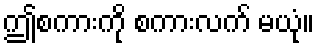
ဤစကားကို စကားလက် မယုံ။